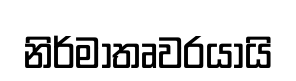
නිර්මාතෘවරයායි